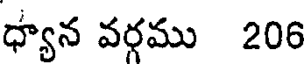
ధ్యాన వర్గము 206